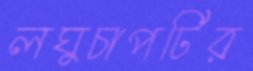
লঘুচাপটির